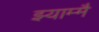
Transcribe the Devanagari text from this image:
झ्याम्मै